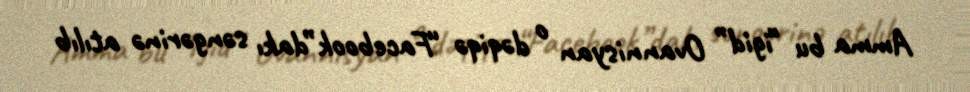
Amma bu “igid” Ovannisyan o dəqiqə “Facebook”dakı səngərinə atılıb